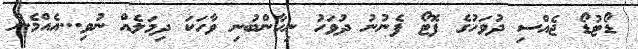
ޑޯޓުޑޯ ޖެއްސި ދުވަހުގެ ފޮޓޯ ފެނުނު ދުވަހު ނިހާންބުނި ވާހަކަ ދިމަލެއް ނުވި...އެއްމެން